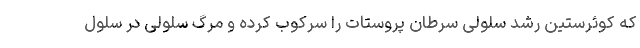
که کوئرستین رشد سلولی سرطان پروستات را سرکوب کرده و مرگ سلولی در سلول